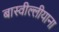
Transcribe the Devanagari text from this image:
बास्वील्लीयाना